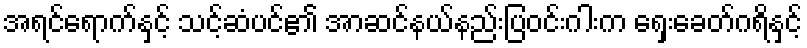
အရင်ရောက်နှင့် သင့်ဆံပင်၏ အာဆင်နယ်နည်းပြဝင်းဂါးက ရှေးခေတ်ဂရိနှင့်